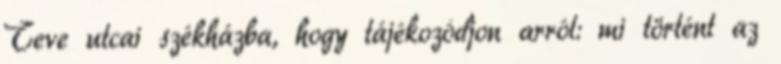
Teve utcai székházba, hogy tájékozódjon arról: mi történt az